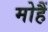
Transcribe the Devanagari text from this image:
मोहैं